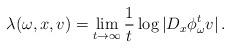
LaTeX: \begin{align*}\lambda(\omega, x, v) = \lim_{t \to \infty} \frac{1}{t} \log | D_x \phi^t_\omega v| \,. \end{align*}